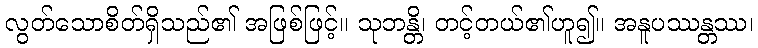
လွတ်သောစိတ်ရှိသည်၏ အဖြစ်ဖြင့်။ သုဘန္တိ၊ တင့်တယ်၏ဟူ၍။ အနူပဿန္တဿ၊